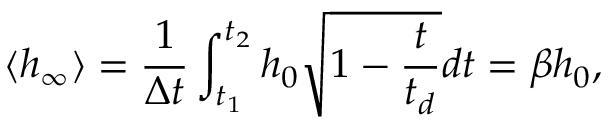
\langle h _ { \infty } \rangle = \frac { 1 } { \Delta t } \int _ { t _ { 1 } } ^ { t _ { 2 } } h _ { 0 } \sqrt { 1 - \frac { t } { t _ { d } } } d t = \beta h _ { 0 } ,